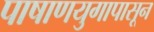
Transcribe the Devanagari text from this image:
पाषाणयुगापासून